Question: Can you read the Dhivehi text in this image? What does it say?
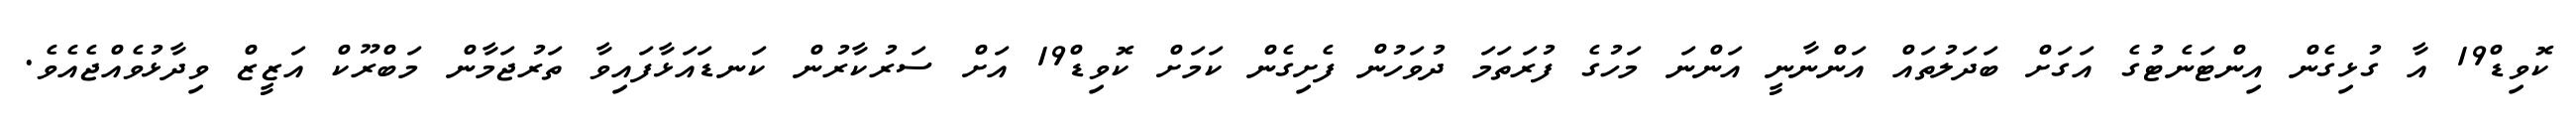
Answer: ކޮވިޑް19 އާ ގުޅިގެން އިންޓަނެޓުގެ އަގަށް ބަދަލުތައް އަންނާނީ އަންނަ މަހުގެ ފުރަތަމަ ދުވަހުން ފެށިގެން ކަމަށް ކޮވިޑް19 އަށް ސަރުކާރުން ކަނޑައަޅާފައިވާ ތަރުޖަމާން މަބްރޫކް އަޒީޒް ވިދާޅުވެއްޖެއެވެ.